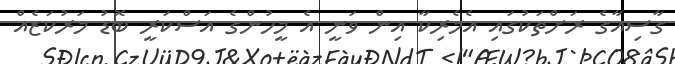
ގާސިއާގެ ރަށްތަކުގައި އެމެރިކާ އިން ވަނީ އެ މީހުންގެ އަސްކަރީ ބޮޑު މަރުކަޒެއް